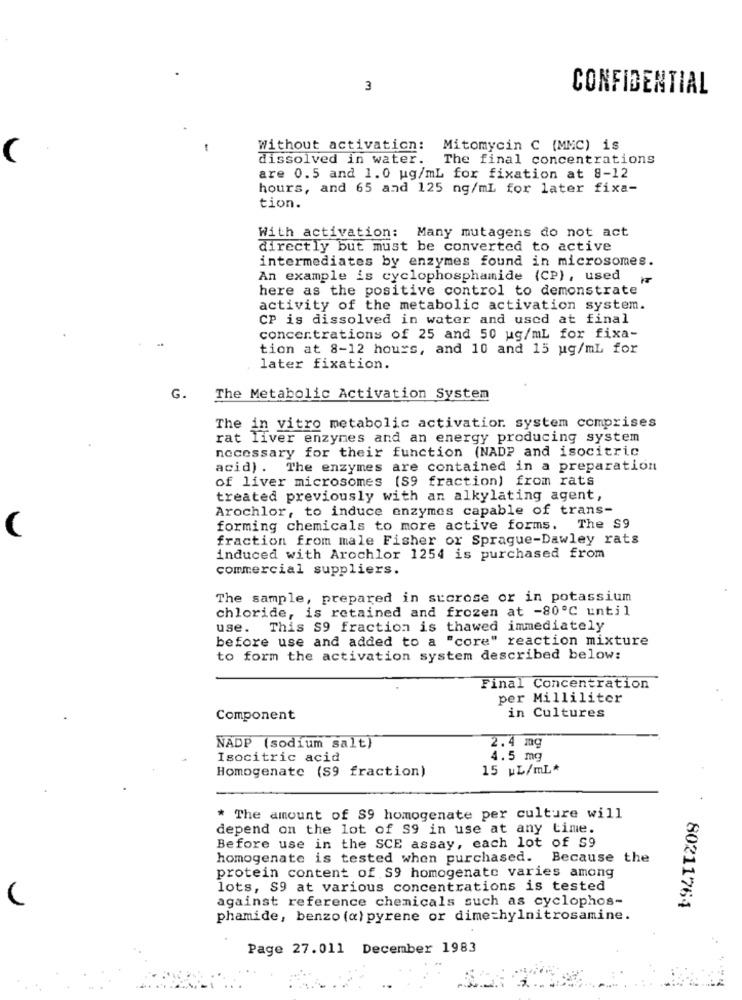
3
CONFIDENTIAL
-
Without activation:
Mitomycin C (MMC) is
dissolved in water.
The final concentrations
are 0.5 and 1.0 ug/mL for fixation at 8-12
hours, and 65 and 125 ng/ml for later fixa-
tion.
With activation: Many mutagens do not act
directly but must be converted to active
intermediates by enzymes found in microsomes.
An example is cyclophosphamide (CP), used
here as the positive control to demonstrate
activity of the metabolic activation system.
CP is dissolved in water and used at final
concentrations of 25 and 50 ug/mL for fixa-
tion at 8-12 hours, and 10 and 15 ug/mL for
later fixation.
G.
The Metabolic Activation System
The in vitro metabolic activation system comprises
rat liver enzymes and an energy producing system
necessary for their function (NADP and isocitric
acid) . The enzymes are contained in a preparation
of liver microsomes (S9 fraction) from rats
treated previously with an alkylating agent,
Arochlor, to induce enzymes capable of trans-
(
forming chemicals to more active forms. The S9
fraction from male Fisher or Sprague-Dawley rats
induced with Arochlor 1254 is purchased from
commercial suppliers.
The sample, prepared in sucrose or in potassium
chloride, is retained and frozen at -80℃ until
use. This S9 fraction is thawed immediately
before use and added to a "core" reaction mixture
to form the activation system described below:
Final Concentration
per Milliliter
in Cultures
Component
NADP (sodium salt)
2.4 mg
Isocitric acid
4.5 mg
Homogenate (S9 fraction)
15 wL/mL*
The amount of S9 homogenate per culture will
depend on the lot of S9 in use at any time.
Before use in the SCE assay, each lot of $9
homogenate is tested when purchased. Because the
protein content of S9 homogenate varies among
lots, S9 at various concentrations is tested
against reference chemicals such as cyclophos-
80211764
phamide, benzo (a) pyrene or dimethylnitrosamine.
Page 27.011 December 1983